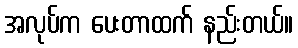
အလုပ်က ပေးတာထက် နည်းတယ်။